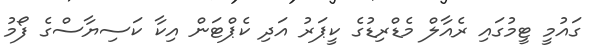
ގައުމީ ޓީމުގައި ރެއާލް މެޑްރިޑުގެ ކީޕަރު އަދި ކެޕްޓަން އިކާ ކަސިޔާސްގެ ފޯމު